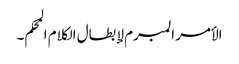
الأمر المبرم لإبطال الکلام المحکم۔